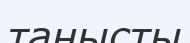
танысты